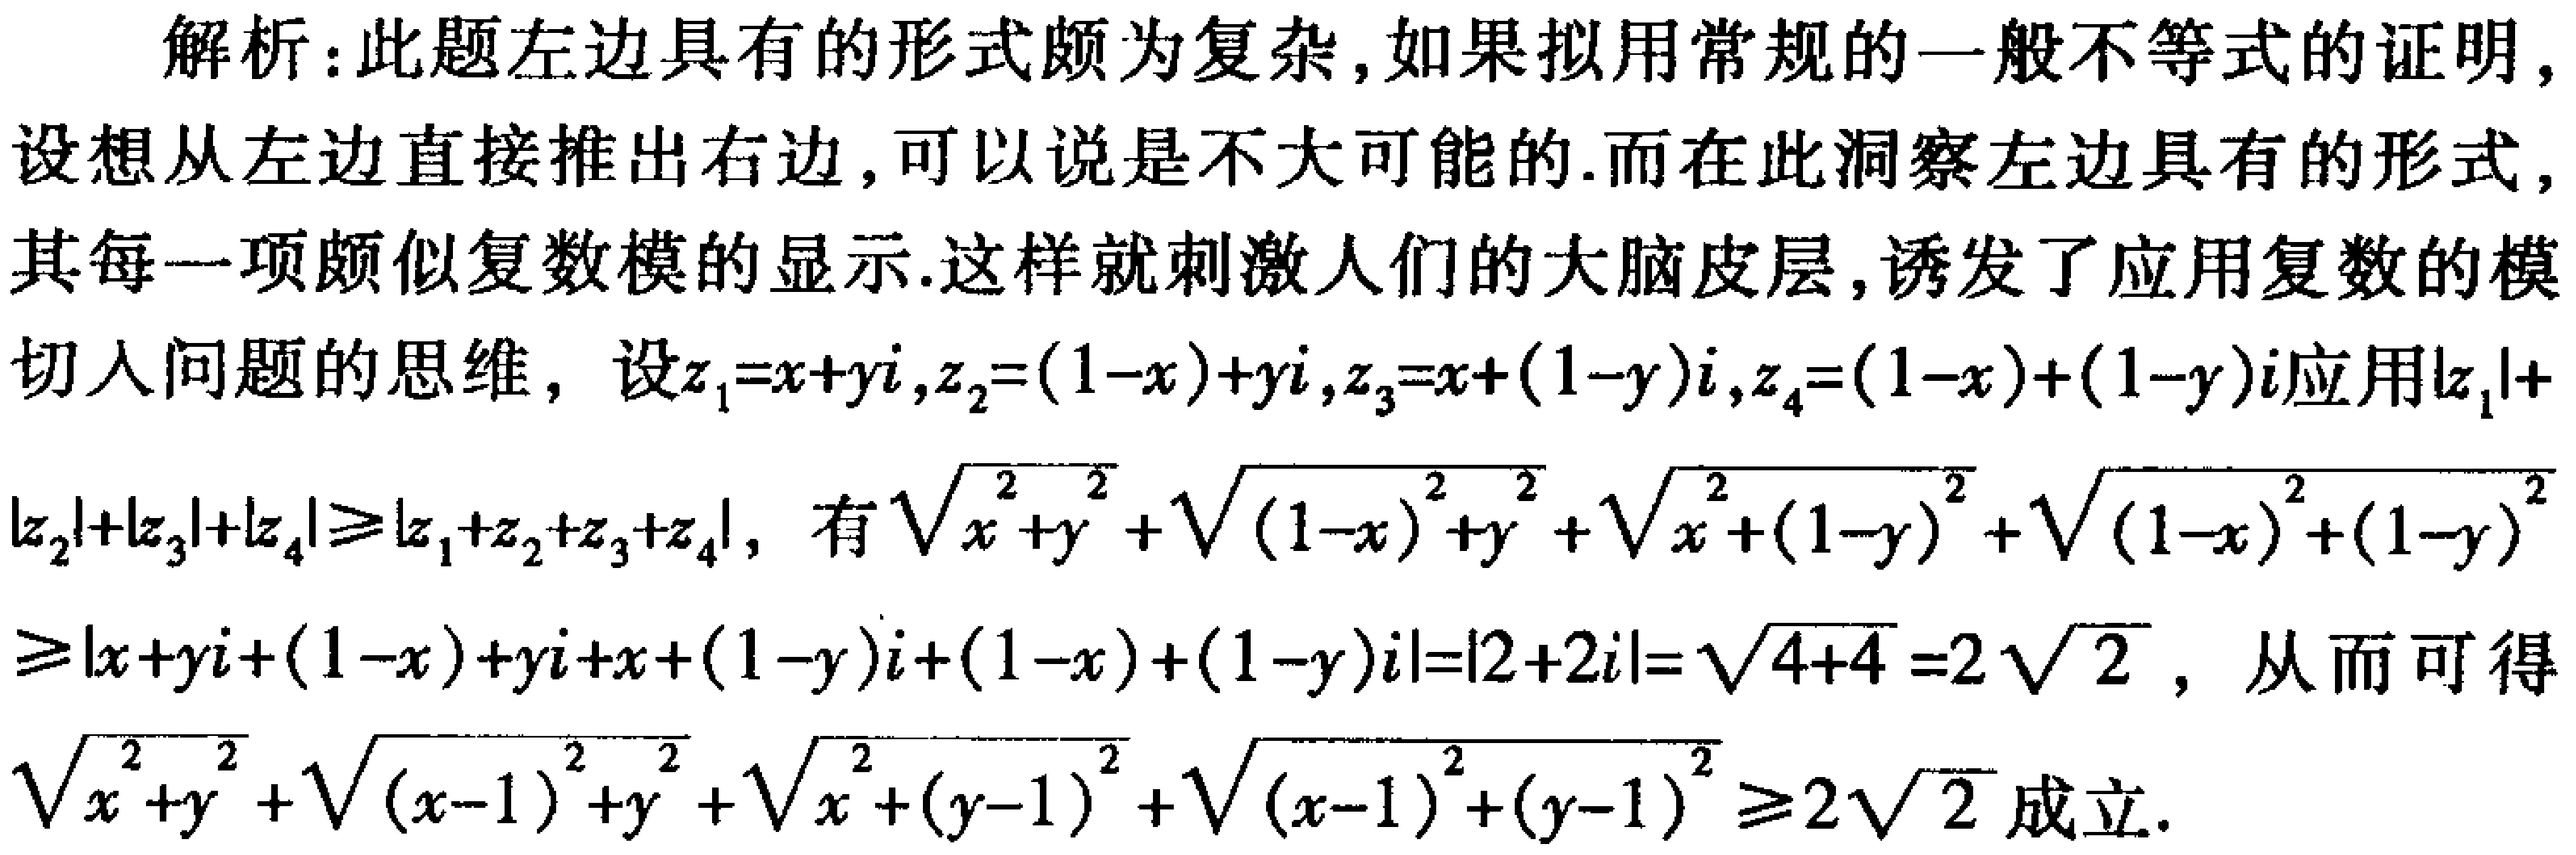
解析：此题左边具有的形式颇为复杂，如果拟用常规的一般不等式的证明，设想从左边直接推出右边，可以说是不大可能的.而在此洞察左边具有的形式，其每一项颇似复数模的显示.这样就刺激人们的大脑皮层，诱发了应用复数的模切入问题的思维，设\(z_1 = x + yi,z_2=(1 - x)+yi,z_3=x+(1 - y)i,z_4=(1 - x)+(1 - y)i\)应用\(\vert z_1\vert+\vert z_2\vert+\vert z_3\vert+\vert z_4\vert\geqslant\vert z_1 + z_2+z_3+z_4\vert\)，有\(\sqrt{x^{2}+y^{2}}+\sqrt{(1 - x)^{2}+y^{2}}+\sqrt{x^{2}+(1 - y)^{2}}+\sqrt{(1 - x)^{2}+(1 - y)^{2}}\geqslant\vert x + yi+(1 - x)+yi+x+(1 - y)i+(1 - x)+(1 - y)i\vert=\vert2 + 2i\vert=\sqrt{4 + 4}=2\sqrt{2}\)，从而可得\(\sqrt{x^{2}+y^{2}}+\sqrt{(x - 1)^{2}+y^{2}}+\sqrt{x^{2}+(y - 1)^{2}}+\sqrt{(x - 1)^{2}+(y - 1)^{2}}\geqslant2\sqrt{2}\)成立.